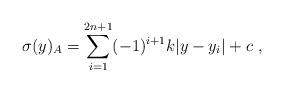
LaTeX: \begin{align*}\sigma (y)_A = \sum_{i=1}^{2n+1} (-1)^{i+1} k |y-y_i| + c ~,~\,\end{align*}